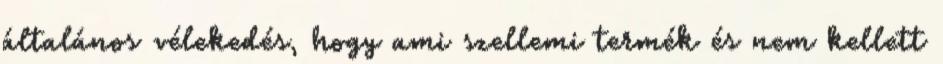
általános vélekedés, hogy ami szellemi termék és nem kellett